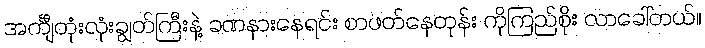
အင်္ကျီတုံးလုံးချွတ်ကြီးနဲ့ ခဏနားနေရင်း စာဖတ်နေတုန်း ကိုကြည်စိုး လာခေါ်တယ်။